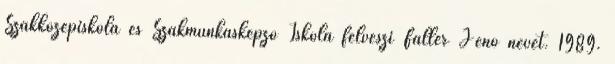
Szakközépiskola és Szakmunkásképző Iskola felveszi Faller Jenő nevét. 1989.